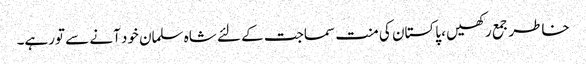
خاطر جمع رکھیں ، پاکستان کی منت سماجت کے لئے شاہ سلمان خود آنے سے تورہے۔